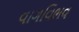
વાગવિભવ